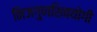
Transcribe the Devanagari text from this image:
निजगुणशिवयोगी